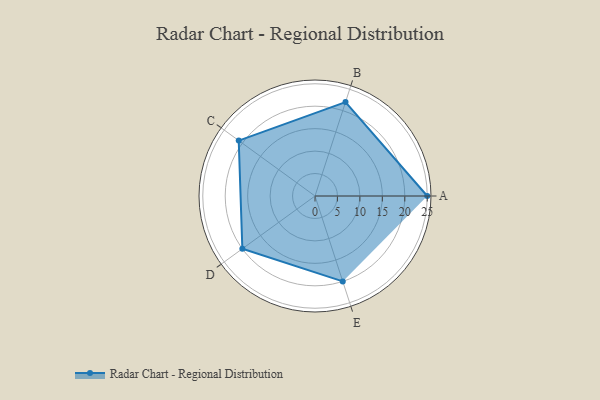
{"axis": {"x": "Skill", "y": "Score"}, "legend": ["Profile"], "data": [{"x": "A", "y": 25.0, "type": "Profile"}, {"x": "B", "y": 22.0, "type": "Profile"}, {"x": "C", "y": 21.0, "type": "Profile"}, {"x": "D", "y": 20, "type": "Profile"}, {"x": "E", "y": 20, "type": "Profile"}]}